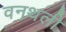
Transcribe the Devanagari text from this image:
वनथली